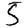
Digit: 5